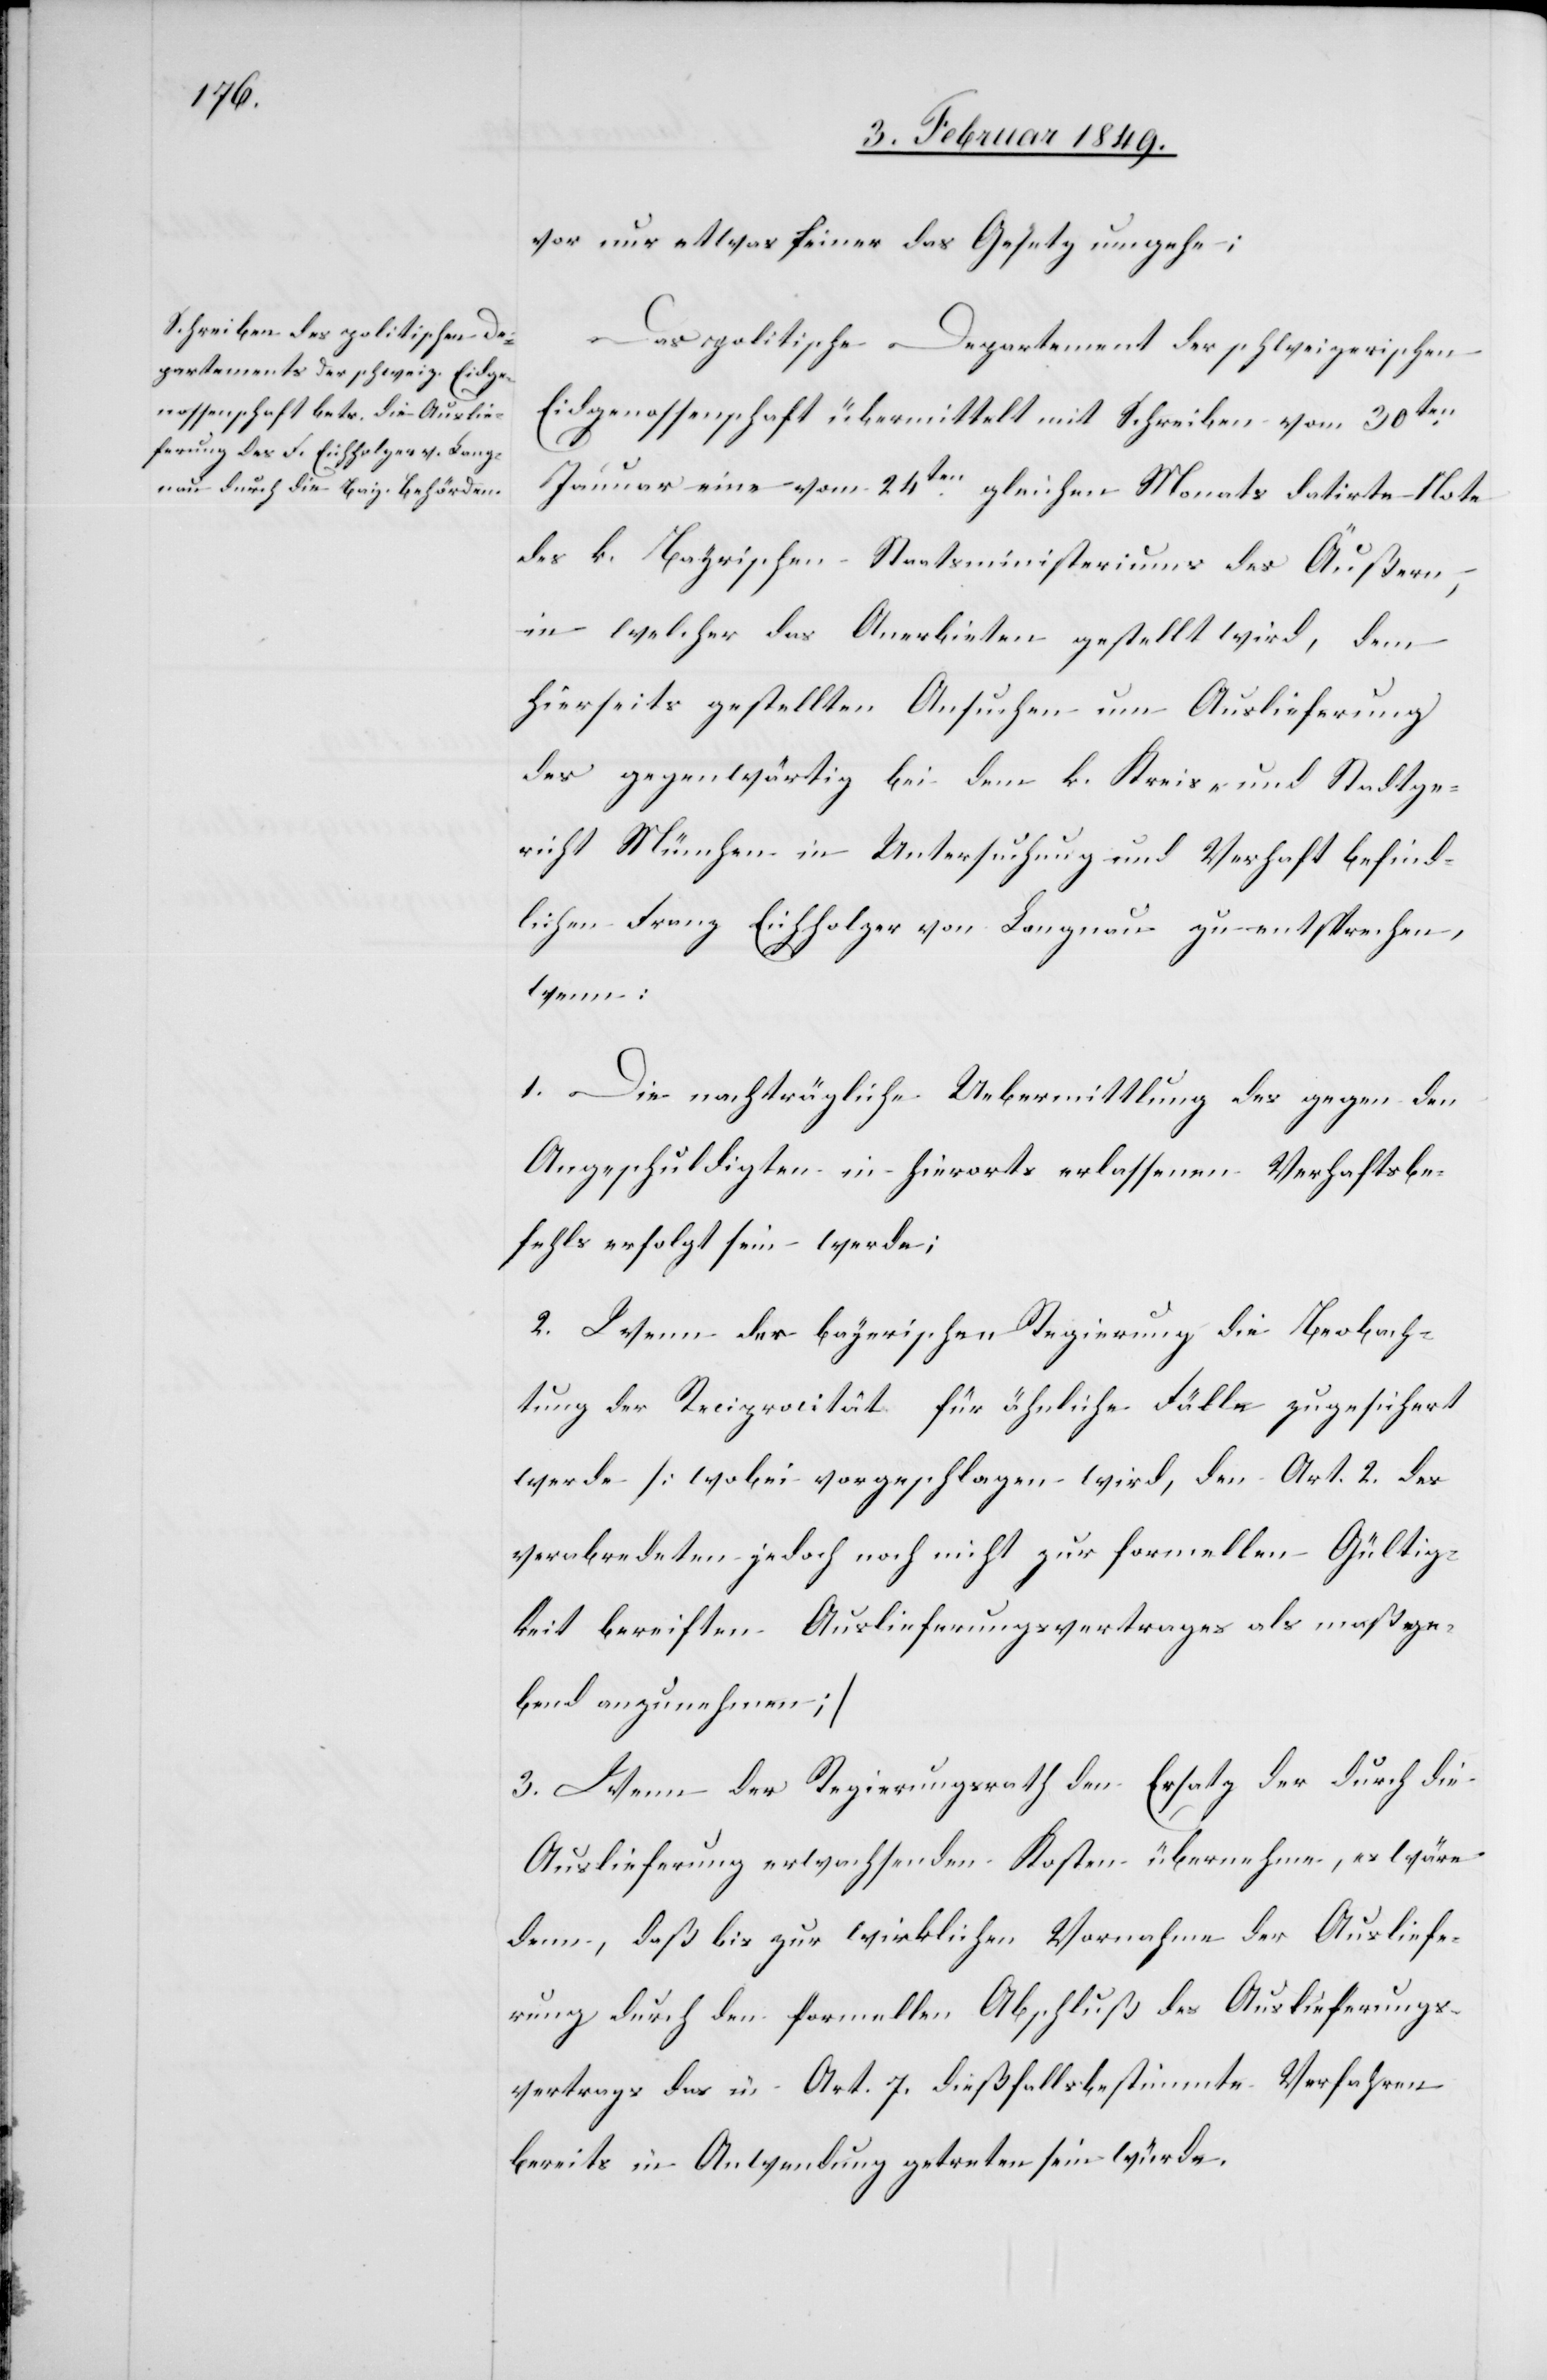
vor nur etwas feiner das Gesetz umgehe;
Das politische Departement der schweizerischen
Eidgenossenschaft übermittelt mit Schreiben vom 30ten.
Januar eine vom 24ten. gleichen Monats datirte Note
des k. Bayrischen Staatsministeriums des Äußern,
in welcher das Anerbieten gestellt wird, dem
hierseits gestellten Ansuchen um Auslieferung
des gegenwärtig bei dem k. Kreis- und Stadtge¬
richt München in Untersuchung und Verhaft befind¬
lichen Franz Eichholzer von Langnau zu entsprechen,
wenn:
1. Die nachträgliche Uebermittlung des gegen den
Angeschuldigten in hierorts erlassenen Verhaftsbe¬
fehls erfolgt sein werde;
2. Wenn der bayerischen Regierung die Beobach¬
tung der Reciprocität für ähnliche Fälle zugesichert
werde [wobei vorgeschlagen wird, den Art. 2. des
verabredeten jedoch noch nicht zur formellen Gültig¬
keit bereiften Auslieferungsvertrages als maßge¬
bend anzunehmen]
3. Wenn der Regierungsrath den Ersatz der durch die
Auslieferung erwachsenden Kosten übernehme, es wäre
denn, daß bis zur wirklichen Vornahme der Ausliefe¬
rung durch den formellen Abschluß des Auslieferungs¬
vertrags das in Art. 7. dießfalls bestimmte Verfahren
bereits in Anwendung getreten sein würde.